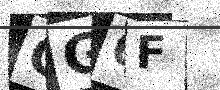
Text: CG6F